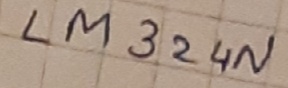
Text: LM324N